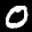
Label: 0